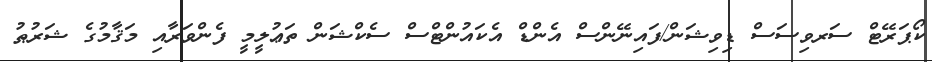
ކޯޕަރޭޓް ސަރވިސަސް ޑިވިޝަން/ފައިނޭންސް އެންޑް އެކައުންޓްސް ސެކްޝަން ތަޢުލީމީ ފެންވަރާއި މަޤާމުގެ ޝަރުޠު